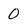
Character: 0